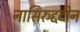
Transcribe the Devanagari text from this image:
नासिरुद्ददीन